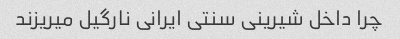
چرا داخل شیرینی سنتی ایرانی نارگیل میریزند